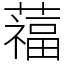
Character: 䕐